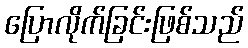
ပြောလိုက်ခြင်းဖြစ်သည်